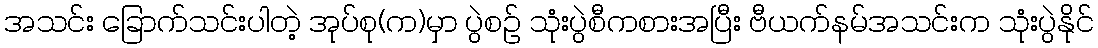
အသင်း ခြောက်သင်းပါတဲ့ အုပ်စု(က)မှာ ပွဲစဉ် သုံးပွဲစီကစားအပြီး ဗီယက်နမ်အသင်းက သုံးပွဲနိုင်